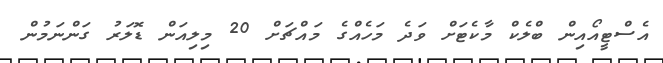
އެސްޓީއޯއިން ބްލެކް މާކެޓަށް ވަދެ މަހެއްގެ މައްޗަށް 20 މިލިއަން ޑޮލަރު ގަންނަމުން